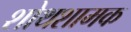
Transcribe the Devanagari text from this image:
शोथशामक